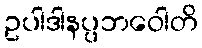
ဥပါဒါနပ္ပဘဝေါတိ